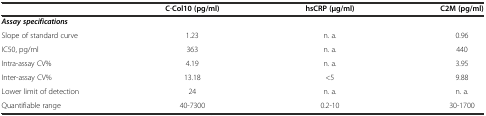
<table><thead><tr><td></td><td><b>C-Col10 (pg/ml)</b></td><td><b>hsCRP (μg/ml)</b></td><td><b>C2M (pg/ml)</b></td></tr></thead><tbody><tr><td colspan="4"><b><i>Assay specifications</i></b></td></tr><tr><td>Slope of standard curve</td><td>1.23</td><td>n. a.</td><td>0.96</td></tr><tr><td>IC50, pg/ml</td><td>363</td><td>n. a.</td><td>440</td></tr><tr><td>Intra-assay CV%</td><td>4.19</td><td>n. a.</td><td>3.95</td></tr><tr><td>Inter-assay CV%</td><td>13.18</td><td>&lt;5</td><td>9.88</td></tr><tr><td>Lower limit of detection</td><td>24</td><td>n. a.</td><td>n. a.</td></tr><tr><td>Quantifiable range</td><td>40-7300</td><td>0.2-10</td><td>30-1700</td></tr></tbody></table>